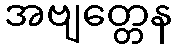
အဗျတ္တေန